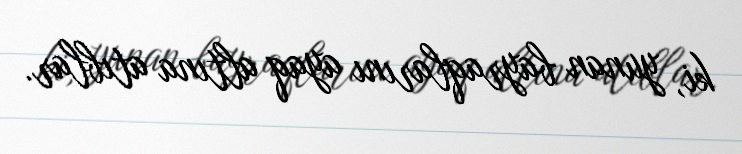
ki, yunan bayraqlarını ayaq altına atıblar.